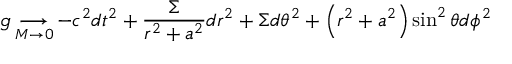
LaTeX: g \mathop { \longrightarrow } _ { M \to 0 } - c ^ { 2 } d t ^ { 2 } + { \frac { \Sigma } { r ^ { 2 } + a ^ { 2 } } } d r ^ { 2 } + \Sigma d \theta ^ { 2 } + \left( r ^ { 2 } + a ^ { 2 } \right) \sin ^ { 2 } \theta d \phi ^ { 2 }